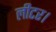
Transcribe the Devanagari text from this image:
लीटर।